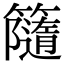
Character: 𥶻